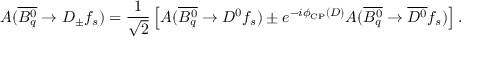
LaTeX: A ( \overline { { { B _ { q } ^ { 0 } } } } \to D _ { \pm } f _ { s } ) = \frac { 1 } { \sqrt { 2 } } \left[ A ( \overline { { { B _ { q } ^ { 0 } } } } \to D ^ { 0 } f _ { s } ) \pm e ^ { - i \phi _ { \mathrm { C P } } ( D ) } A ( \overline { { { B _ { q } ^ { 0 } } } } \to \overline { { { D ^ { 0 } } } } f _ { s } ) \right] .